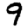
Digit: 9